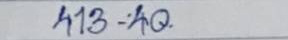
413 - 40